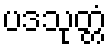
ပဒသုတ္တံ